Code of medical and sanitary regulations for the guidance of medical officers serving in the Madras Presidency - Volume II
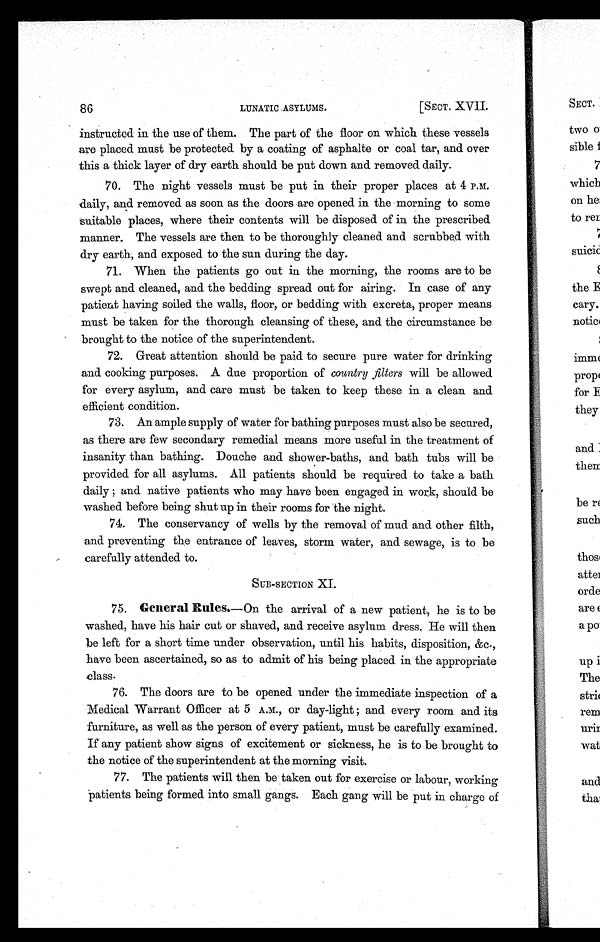
86
LUNATIC ASYLUMS.
[SECT. XVII.
instructed in the use of them. The part of the floor on which these vessels
are placed must be protected by a coating of asphalte or coal tar, and over
this a thick layer of dry earth should be put down and removed daily.
70. The night vessels must be put in their proper places at 4 P.M.
daily, and removed as soon as the doors are opened in the morning to some
suitable places, where their contents will be disposed of in the prescribed
manner. The vessels are then to be thoroughly cleaned and scrubbed with
dry earth, and exposed to the sun during the day.
71. When the patients go out in the morning, the rooms are to be
swept and cleaned, and the bedding spread out for airing. In case of any
patient having soiled the walls, floor, or bedding with excreta, proper means
must be taken for the thorough cleansing of these, and the circumstance be
brought to the notice of the superintendent.
72. Great attention should be paid to secure pure water for drinking
and cooking purposes. A due proportion of country filters will be allowed
for every asylum, and care must be taken to keep these in a clean and
efficient condition.
73. An ample supply of water for bathing purposes must also be secured,
as there are few secondary remedial means more useful in the treatment of
insanity than bathing. Douche and shower-baths, and bath tubs will be
provided for all asylums. All patients should be required to take a bath
daily ; and native patients who may have been engaged in work, should be
washed before being shut up in their rooms for the night.
74. The conservancy of wells by the removal of mud and other filth,
and preventing the entrance of leaves, storm water, and sewage, is to be
carefully attended to.
SUB-SECTION XI.
75. General Rules. —On the arrival of a new patient, he is to be
washed, have his hair cut or shaved, and receive asylum dress. He will then
be left for a short time under observation, until his habits, disposition, &c.,
have been ascertained, so as to admit of his being placed in the appropriate
class.
76. The doors are to be opened under the immediate inspection of a
Medical Warrant Officer at 5 A.M., or day-light ; and every room and its
furniture, as well as the person of every patient, must be carefully examined.
If any patient show signs of excitement or sickness, he is to be brought to
the notice of the superintendent at the morning visit.
77. The patients will then be taken out for exercise or labour, working
patients being formed into small gangs. Each gang will be put in charge of